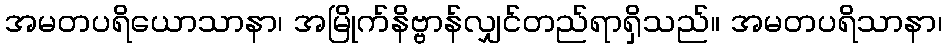
အမတပရိယောသာနာ၊ အမြိုက်နိဗ္ဗာန်လျှင်တည်ရာရှိသည်။ အမတပရိသာနာ၊